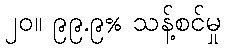
၂၀။ ၉၉.၉% သန့်စင်မှု